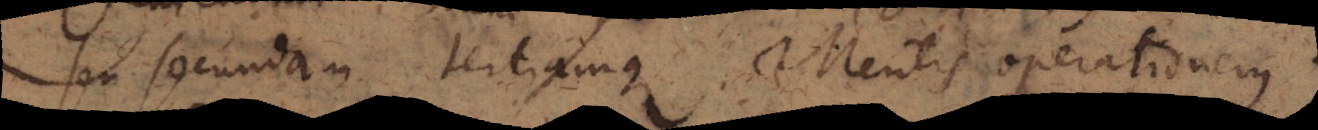
seu secundam tertiamque Mentis operationem.